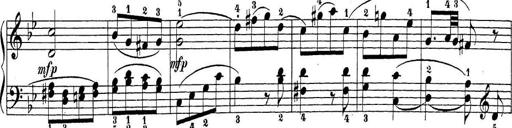
Title: Sonatina Album
Composer: Louis KÃ¶hler